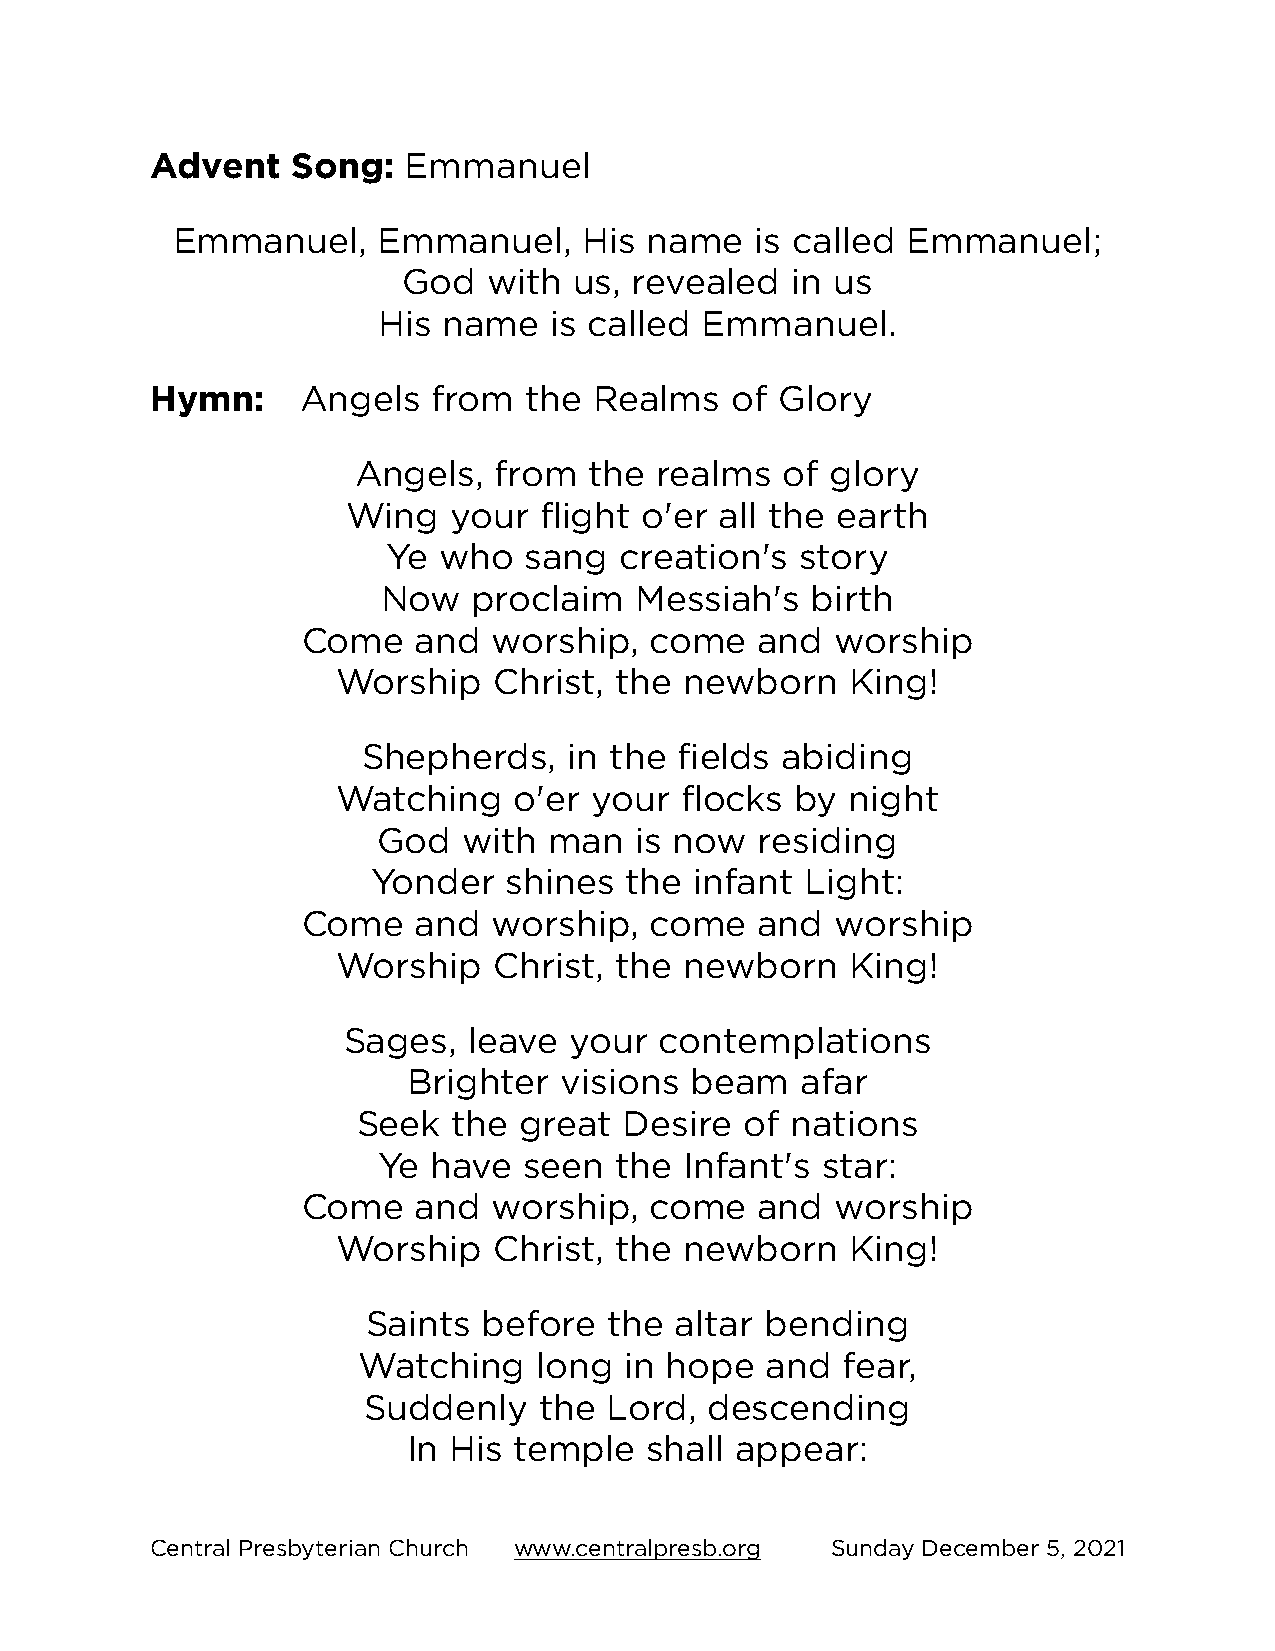
Advent   Song:   Emmanuel
 Emmanuel,     Emmanuel,     His name   is called Emmanuel;
 God  with  us, revealed  in us
 His name   is called  Emmanuel.
 Hymn:     Angels   from  the Realms   of Glory
 Angels,   from  the realms   of glory
 Wing   your  flight o'er all the earth
 Ye who   sang  creation's  story
 Now   proclaim   Messiah's   birth
 Come    and  worship,  come   and  worship
 Worship    Christ, the newborn    King!
 Shepherds,    in the fields abiding
 Watching    o'er your  flocks  by night
 God   with man   is now  residing
 Yonder   shines the  infant Light:
 Come    and  worship,  come   and  worship
 Worship    Christ, the newborn    King!
 Sages,  leave  your  contemplations
 Brighter  visions  beam   afar
 Seek  the great  Desire  of nations
 Ye  have  seen  the Infant's star:
 Come    and  worship,  come   and  worship
 Worship    Christ, the newborn    King!
 Saints  before  the  altar bending
 Watching    long in hope   and  fear,
 Suddenly    the Lord,  descending
 In His temple   shall appear:
 Central Presbyterian Church www.centralpresb.org Sunday December 5, 2021